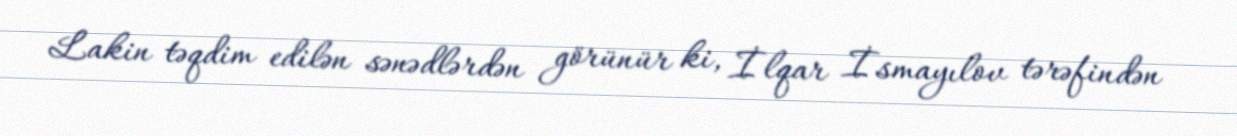
Lakin təqdim edilən sənədlərdən görünür ki, İlqar İsmayılov tərəfindən